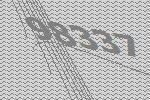
98337